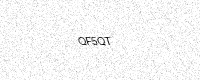
Text: QF5QT